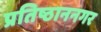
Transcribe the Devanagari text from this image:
प्रतिष्ठाननगर